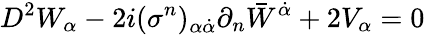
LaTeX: D^{2}W_{\alpha}-2i(\sigma^{n})_{\alpha\dot{\alpha}}\partial_{n}{\bar{W}}^{\dot{\alpha}}+2V_{\alpha}=0